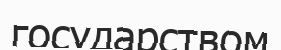
государством